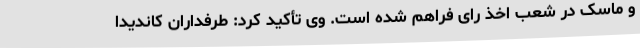
و ماسک در شعب اخذ رای فراهم شده است. وی تأکید کرد: طرفداران کاندیدا